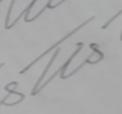
Signature authenticity: genuine